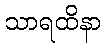
သာရထိနာ